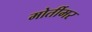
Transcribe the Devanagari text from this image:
मोर्तीमर